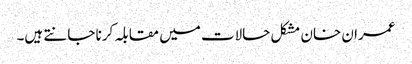
عمران خان مشکل حالات میں مقابلہ کرنا جانتے ہیں۔